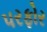
પરફોર